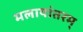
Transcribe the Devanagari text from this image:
मलायांतरम्‌